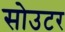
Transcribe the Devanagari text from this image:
सोउटर